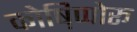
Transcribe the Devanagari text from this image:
कोष़िप्पोरू